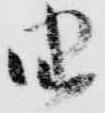
由